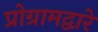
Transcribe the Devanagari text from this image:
प्रोग्रामद्वारे